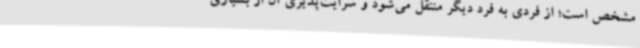
مشخص است؛ از فردی به فرد دیگر منتقل می‌شود و سرایت‌پذیری آن از بسیاری